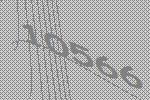
10566